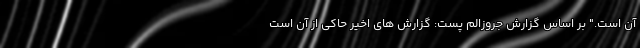
آن است." بر اساس گزارش جروزالم پست: گزارش های اخیر حاکی از آن است